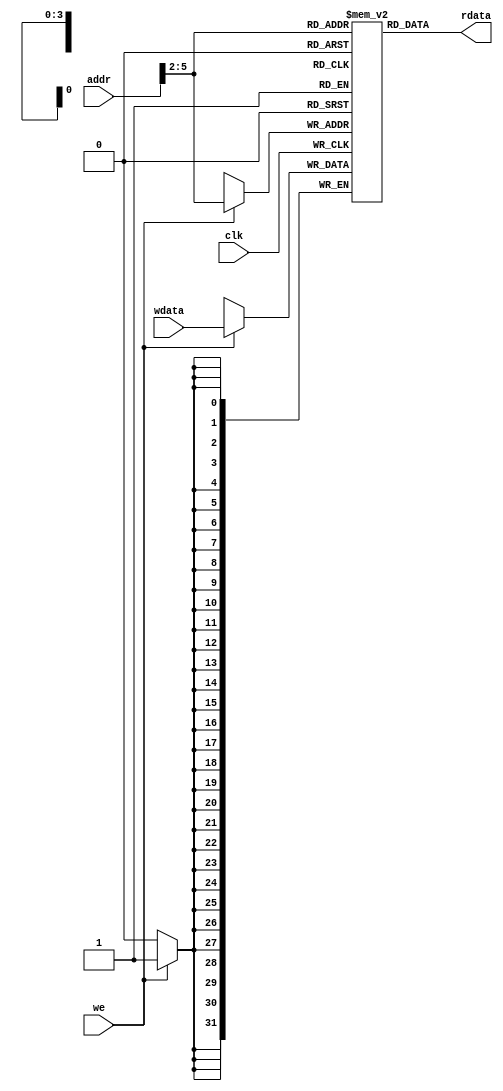
module dmem #(
    parameter SIZE = 16,
    parameter DWIDTH = 32
)(
    input           clk,
    input  [DWIDTH-1 : 0] addr,  // byte address
    input                 we,    // write-enable
    input  [DWIDTH-1 : 0] wdata, // write data
    output [DWIDTH-1 : 0] rdata  // read data
);

    reg [DWIDTH-1 : 0] RAM [SIZE-1 : 0];

    integer idx;
    initial begin
        for (idx = 0; idx < SIZE; idx = idx+1) RAM[idx] = {(DWIDTH){ 1'h0 }};
    end

    // Read operation
    assign rdata = RAM[addr[$clog2(SIZE)+1:2]];

    // Write operation
    always @(posedge clk) begin
        if (we) RAM[addr[$clog2(SIZE)+1:2]] <= wdata;
    end

endmodule